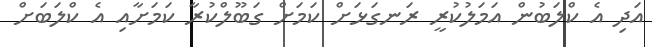
އަދި އެ ކްލަބުން އަމަލުކުރީ ރަނގަޅަށް ކަމަށް ގަބޫލްކުރާ ކަމަށާއި އެ ކްލަބަށް